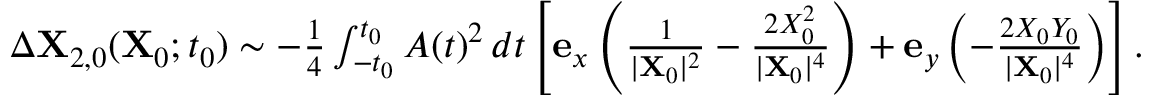
\begin{array} { r } { \Delta \mathbf { X } _ { 2 , 0 } ( \mathbf { X } _ { 0 } ; t _ { 0 } ) \sim - \frac { 1 } { 4 } \int _ { - t _ { 0 } } ^ { t _ { 0 } } A ( t ) ^ { 2 } \, d t \left[ \mathbf { e } _ { x } \left( \frac { 1 } { \vert \mathbf { X } _ { 0 } \vert ^ { 2 } } - \frac { 2 X _ { 0 } ^ { 2 } } { \vert \mathbf { X } _ { 0 } \vert ^ { 4 } } \right) + \mathbf { e } _ { y } \left( - \frac { 2 X _ { 0 } Y _ { 0 } } { \vert \mathbf { X } _ { 0 } \vert ^ { 4 } } \right) \right] . } \end{array}